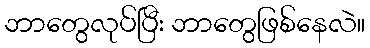
ဘာတွေလုပ်ပြီး ဘာတွေဖြစ်နေလဲ။